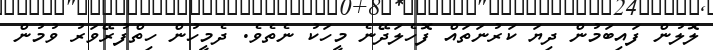
ލޮލުން ފައިބަމުން ދިޔަ ކަރުނަތައް ފޮހެލަދޭނެ މީހަކު ނެތެވެ. ދެމީހުން ހިތްފުރޭވަރު ވުމުން